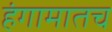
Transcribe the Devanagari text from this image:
हंगामातच